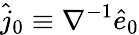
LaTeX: \hat{j}_{0}\equiv\nabla^{-1}\hat{e}_{0}